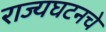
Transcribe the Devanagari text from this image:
राज्यघटनचे